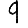
Digit: 9